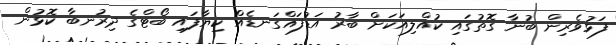
ފަޅުވެރިން ބުނާ ގޮތުގައި ކުއްލިއަކަށް ބާރު އަޑުފައްގަނޑެއް ކިޔާފައި ބޯޓްގެ ދިރުނބާ ކޮޅުން